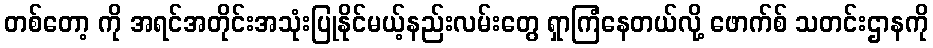
တစ်တော့ ကို အရင်အတိုင်းအသုံးပြုနိုင်မယ့်နည်းလမ်းတွေ ရှာကြံနေတယ်လို့ ဖောက်စ် သတင်းဌာနကို